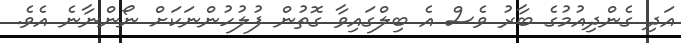
އަދި ގެންދިއުމުގެ ބާރު ވެސް އެ ބިލްގައިވާ ގޮތުން ފުލުހުންނަކަށް ނޯންނާނެ އެވެ.